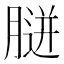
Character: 𦞸